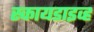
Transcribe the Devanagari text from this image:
स्कायडाइव्ह